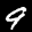
Label: 9